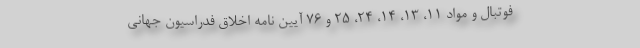
فوتبال و مواد ۱۱، ۱۳، ۱۴، ۲۴، ۲۵ و ۷۶ آیین نامه اخلاق فدراسیون جهانی